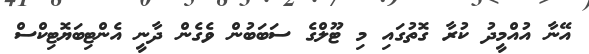
އޭނާ އުއްމީދު ކުރާ ގޮތުގައި މި ޓޫލްގެ ސަބަބުން ވެގެން ދާނީ އެންޓިބަޔޮޓިކްސް